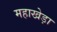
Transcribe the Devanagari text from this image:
महाखेड़ा